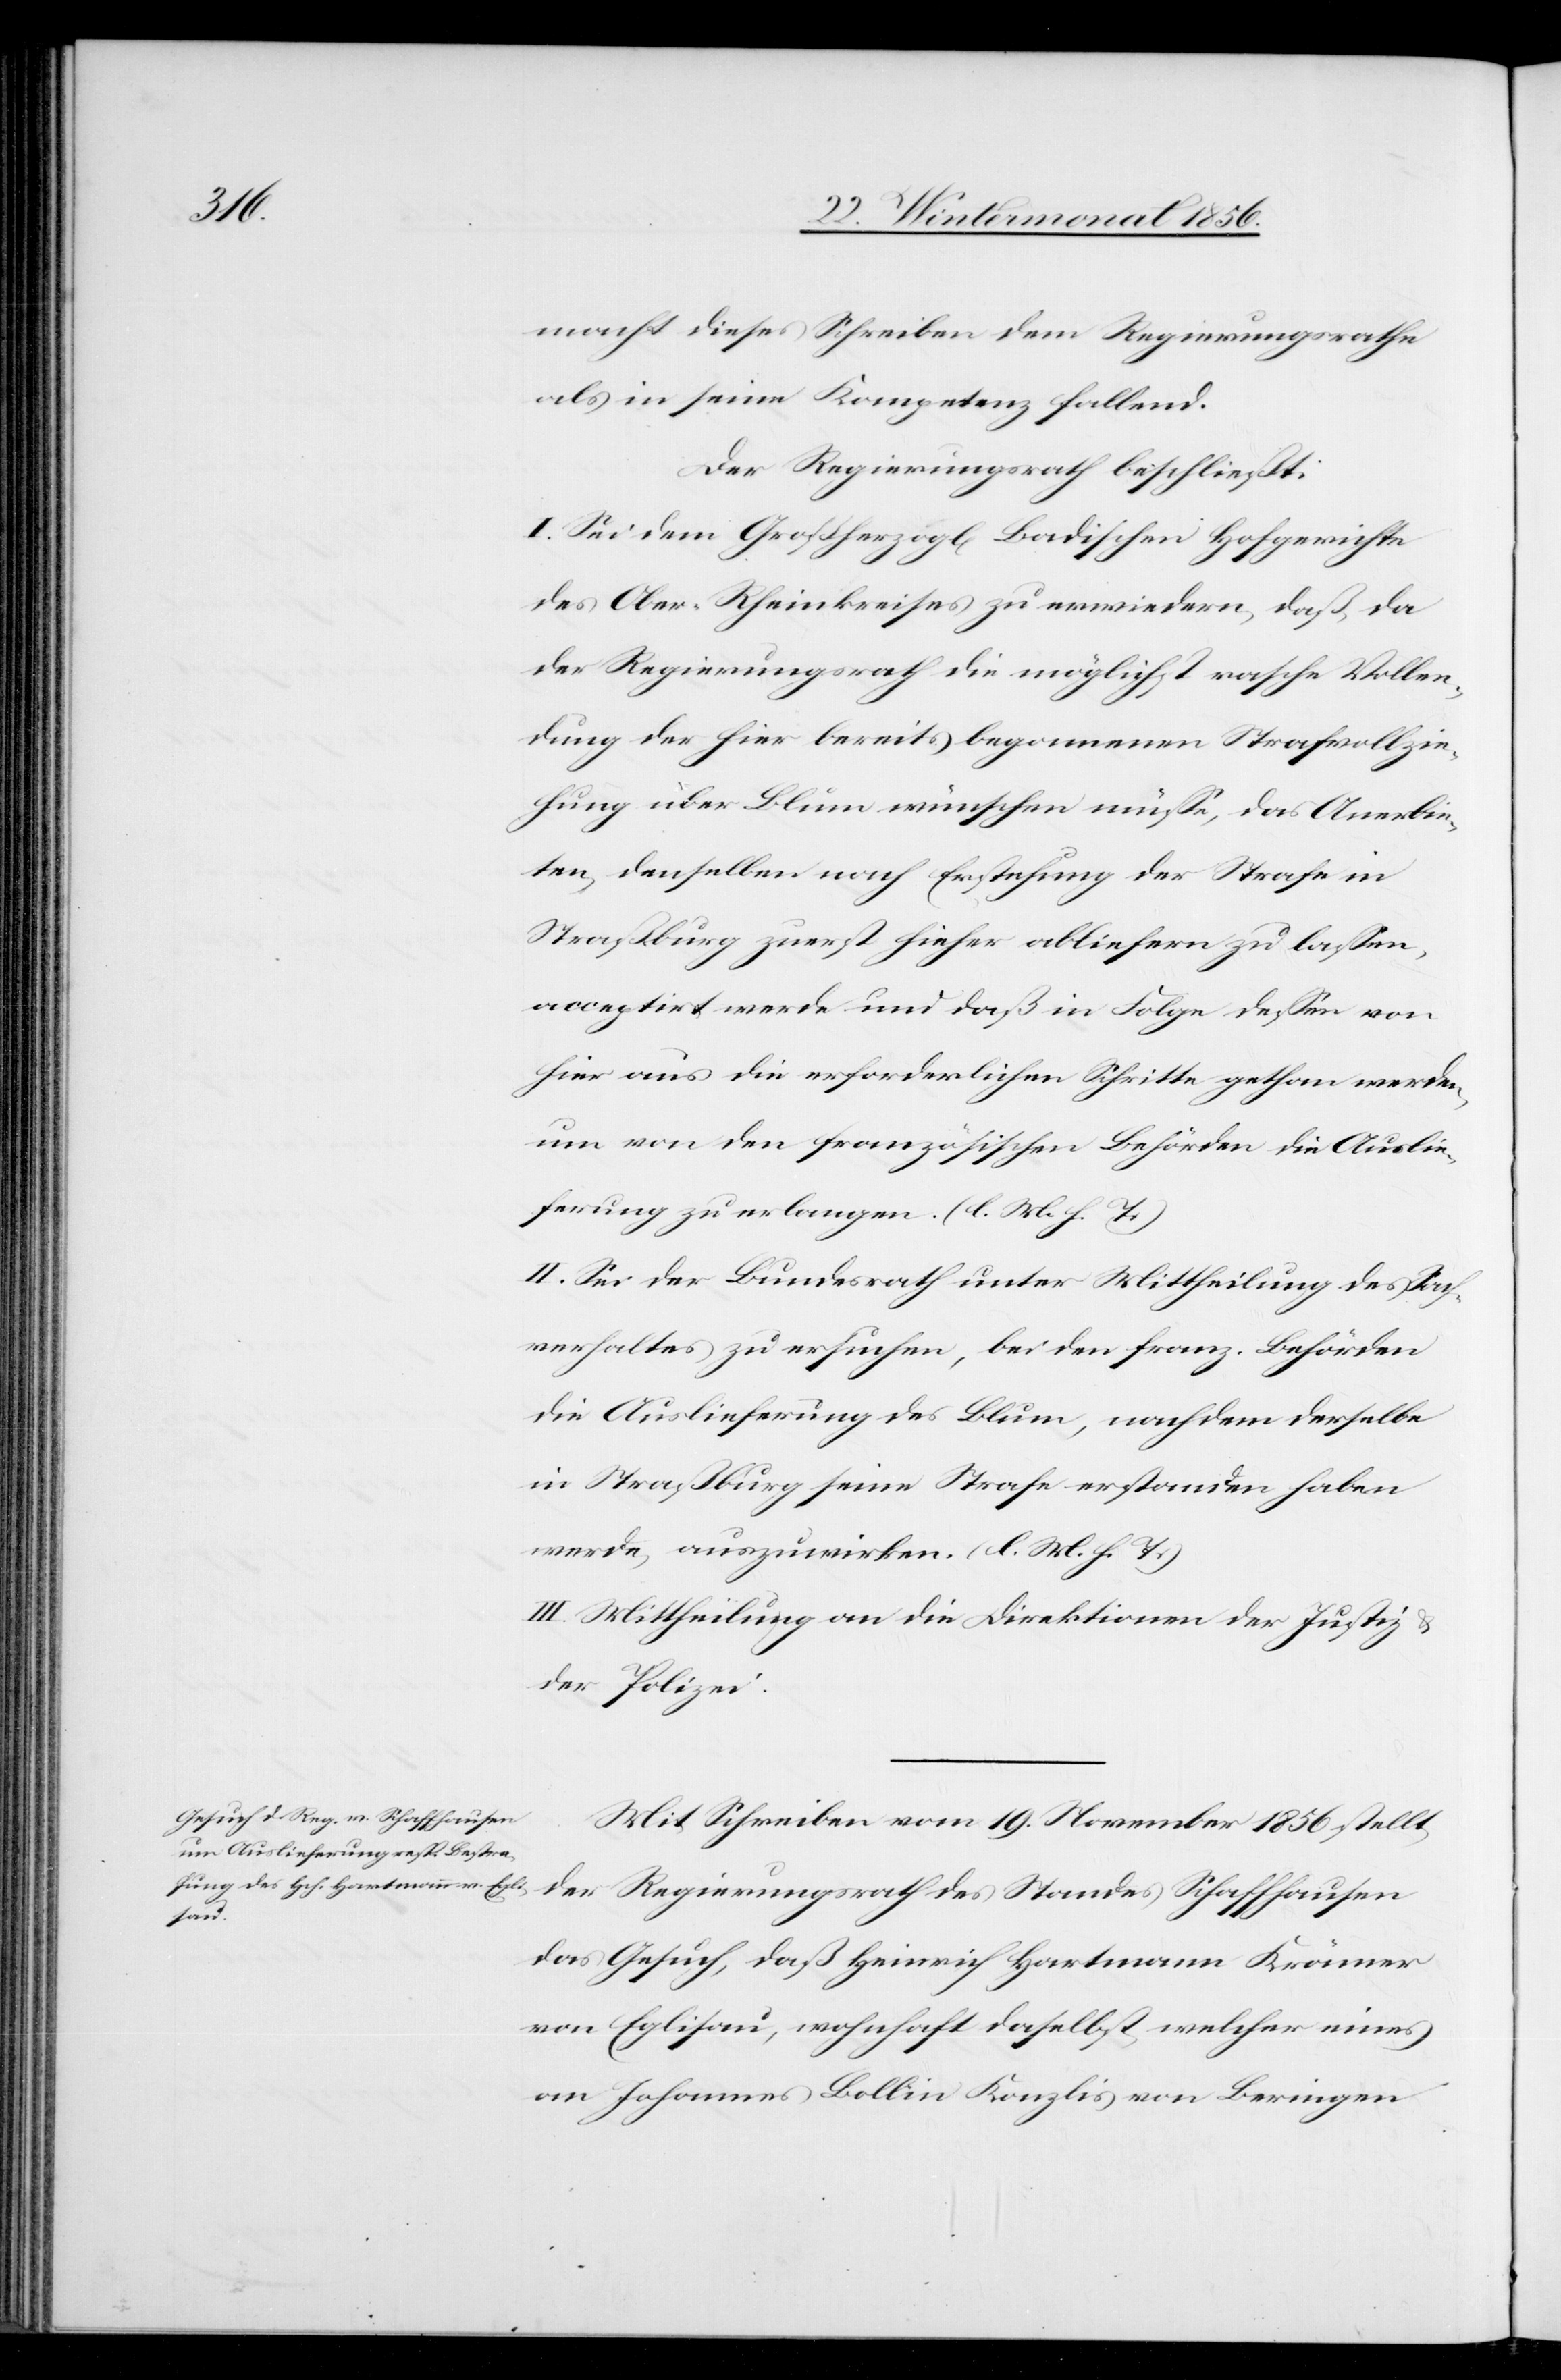
macht dieses Schreiben dem Regierungsrathe
als in seine Kompetenz fallend.
Der Regierungsrath beschließt:
I. Sei dem Großherzogl[ichen] Badischen Hofgerichte
des Ober-Rheinkreises zu erwiedern, daß, da
der Regierungsrath die möglichst rasche Vollen¬
dung der hier bereits begonnenen Strafvollzie¬
hung über Blum wünschen müsse, das Anerbie¬
ten, denselben nach Erstehung der Strafe in
Straßburg zuerst hieher abliefern zu lassen,
acceptirt werde und daß in Folge dessen von
hier aus die erforderlichen Schritte gethan werden,
um von den französischen Behörden die Auslie¬
ferung zu erlangen. (l. M. h. T.)
II. Sei der Bundesrath unter Mittheilung des Sach¬
verhaltes zu ersuchen, bei den franz. Behörden
die Auslieferung des Blum, nachdem derselbe
in Straßburg seine Strafe erstanden haben
werde, auszuwirken. (l. M. h. T.)
III. Mittheilung an die Direktionen der Justiz
der Polizei.
Mit Schreiben vom 19. November 1856 stellt
der Regierungsrath des Standes Schaffhausen
das Gesuch, daß Heinrich Hartmann Krämer
von Eglisau, wohnhaft daselbst welcher eines
an Johannes Bollin Konzlis von Beringen